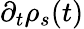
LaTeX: \partial_{t}\rho_{s}(t)